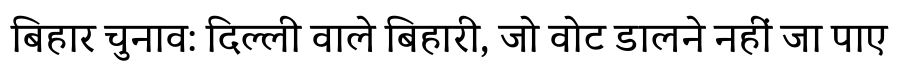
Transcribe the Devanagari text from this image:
बिहार चुनाव: दिल्ली वाले बिहारी, जो वोट डालने नहीं जा पाए